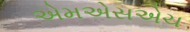
એમએસએચ